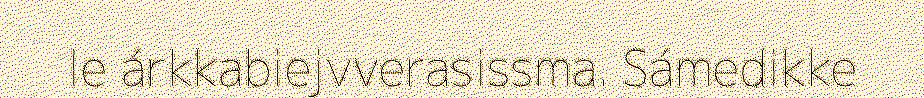
le árkkabiejvverasissma. Sámedikke